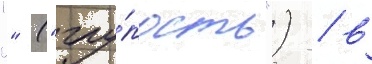
"" ("глу́пость") / в